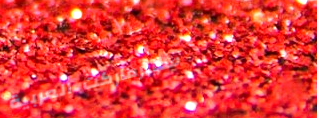
سوبرماركت العربية